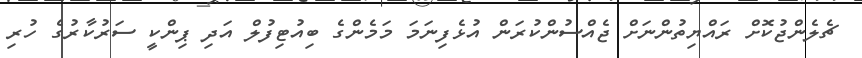
ޗެލެންޖުކޮށް ރައްޔިތުންނަށް ޖެއްސުންކުރަން އުޅެފިނަމަ މަމެންގެ ބިއުޓިފުލް އަދި ޕިންކީ ސަރުކާރުގެ ހުރި